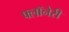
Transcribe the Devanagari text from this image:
फ्लॉनेरी